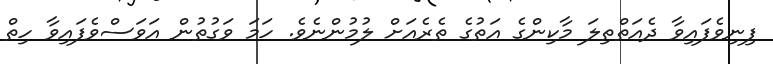
ފިނިވެފައިވާ ދެއަތްތިލަ މާކިންގެ އަތުގެ ތެރެއަށް ލުމުންނެވެ. ހަމަ ވަގުތުން އަވަސްވެފައިވާ ހިތް